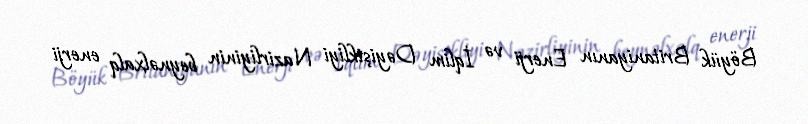
Böyük Britaniyanın Enerji və İqlim Dəyişikliyi Nazirliyinin beynəlxalq enerji